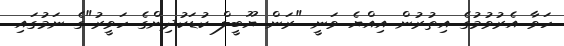
ހަވާ އެރުވުމުގެ އިތުރުން އިއްޔެ ވަނީ "ރަން ޔޫބީލް ކުޑަކުދިންގެ ހަވީރު"ގެ ނަމުގައި